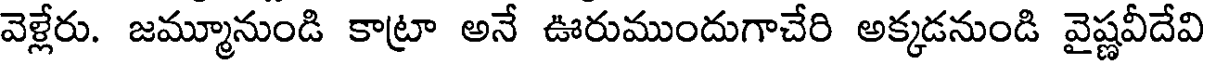
వెళ్లేరు. జమ్మూనుండి కాట్రా అనే ఊరుముందుగాచేరి అక్కడనుండి వైష్ణవీదేవి